Annual statistical returns and brief notes on vaccination in Bengal - 1896-1909
Year: 1896
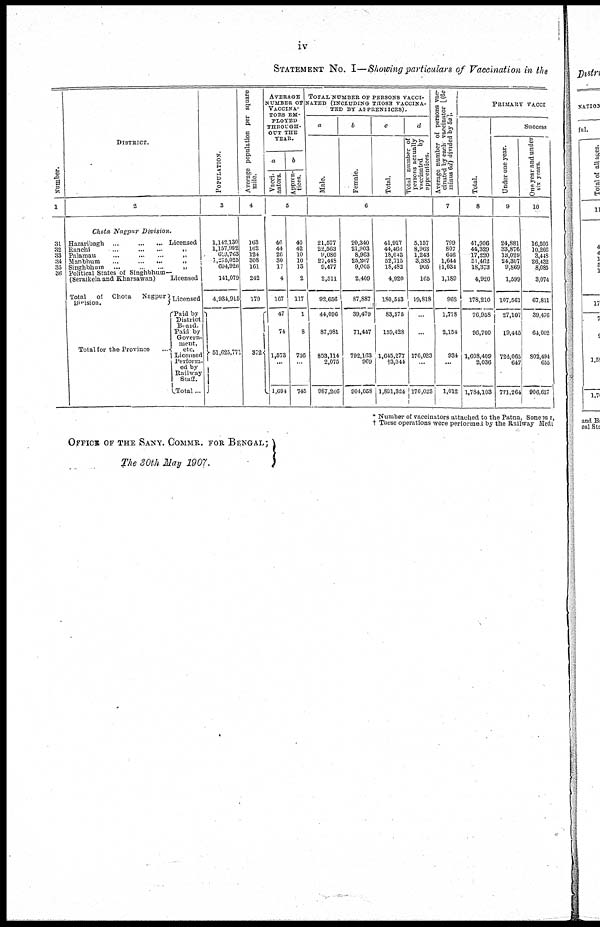
iv
STATEMENT No. I—Showing particulars of Vaccination in the
Number.
1
31
32 33
34
35
36
DISTRICT.
2
Chota Nagpur
Division.
Hazaribagh
...
...
...
Licensed
Ranchi... ... ...
Palamau... ... ...
Manbhum... ...
Singhbhum
...
...
...
...
Political States of Singhbhum-
(Seraikela and Kharsawan)
Total of Chota Nagpur
Division.
Total for the Province
Licensed
Licensed
Paid by
District
Board.
Paid by
Govern-
ment,
etc.
Licensed
Perform.
ed by
Railway
Stuff.
Total ...
POPULATION.
3
1,142,130
1,157,992
618,763
1,275,025
604,926
141,079
4,934,915
51,625,771
Average population per square
mile.
4
163
162
124
308
161
242
179
372
AVERAGE
NUMBER OF
VACCINA-
TORS EM-
PLOYED
THROUGH-
OUT THE
YEAR.
a
Vacci-
nators.
b
Appren-
tices.
5
46
44
26
30
17
4
167
47
74
1,573
...
1,694
40
42
10
10
13
2
117
1
8
736
...
745
TOTAL NUMBER OF PERSONS VACCI-
NATED (INCLUDING THOSE VACCINA-
TED BY APPRENTICES).
a
Male.
b
Female.
c
Total.
6
21,577
22,563
9,080
27,448
9,477
2,511
92,656
44,096
87,981
803,114
2,075
987,266
20,340
21,903
8,963
25,267
9,005
2,409
87,887
39,479
71,447
792,163
969
904,058
41,917
44,468
18,043
52,715
18,482
4,920
180,543
83,575
159,428
1,645,277
†3,044
1,891,324
d
Total number of
persons actually
vaccinated
by
opprentices.
A verage number of persons vac-
cinated by each vaccinator[(6c
minus 6d) divided by 5a].
7
5,157
8,963
1,243
3,385
905
165
19,818
...
...
176,023
...
176,023
799
807
646
1,644
1,034
1,189
962
1,778
2,154
934
...
1,012
PRIMARY VACCI
Total.
8
41,906
44,329
17,220
51,462
18,378
4,920
178,210
76,958
96,700
1,608,409
2,036
1,784,103
Success
Under one year.
9
24,881
33,876
13,029
24,307
9,869
1,599
107,561
27,107
19,445
724,065
647
771,264
One year and under
six years.
10
16,506
10,266
3,448
26,432
8,085
3,074
67,811
39,476
64,002
802,494
655
906,627
* Number of vaccinators attached to the Patna, Sonepur,
† These operations were performed by the Railway Medi
OFFICE OF THE SANY. COMMR. FOR BENGAL;
The 30th May 1907.